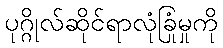
ပုဂ္ဂိုလ်ဆိုင်ရာလုံခြုံမှုကို